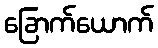
ခြောက်ယောက်